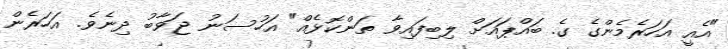
"އެއީ އަހަރެމެންގެ ގެ. ބައްޕައަށް ލިބިފައިވާ ތަންކޮޅެއް" އަހުސަނު ޖަވާބު ދިނެވެ. އަހަރެން